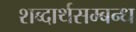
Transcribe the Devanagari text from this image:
शब्दार्थसम्बन्ध